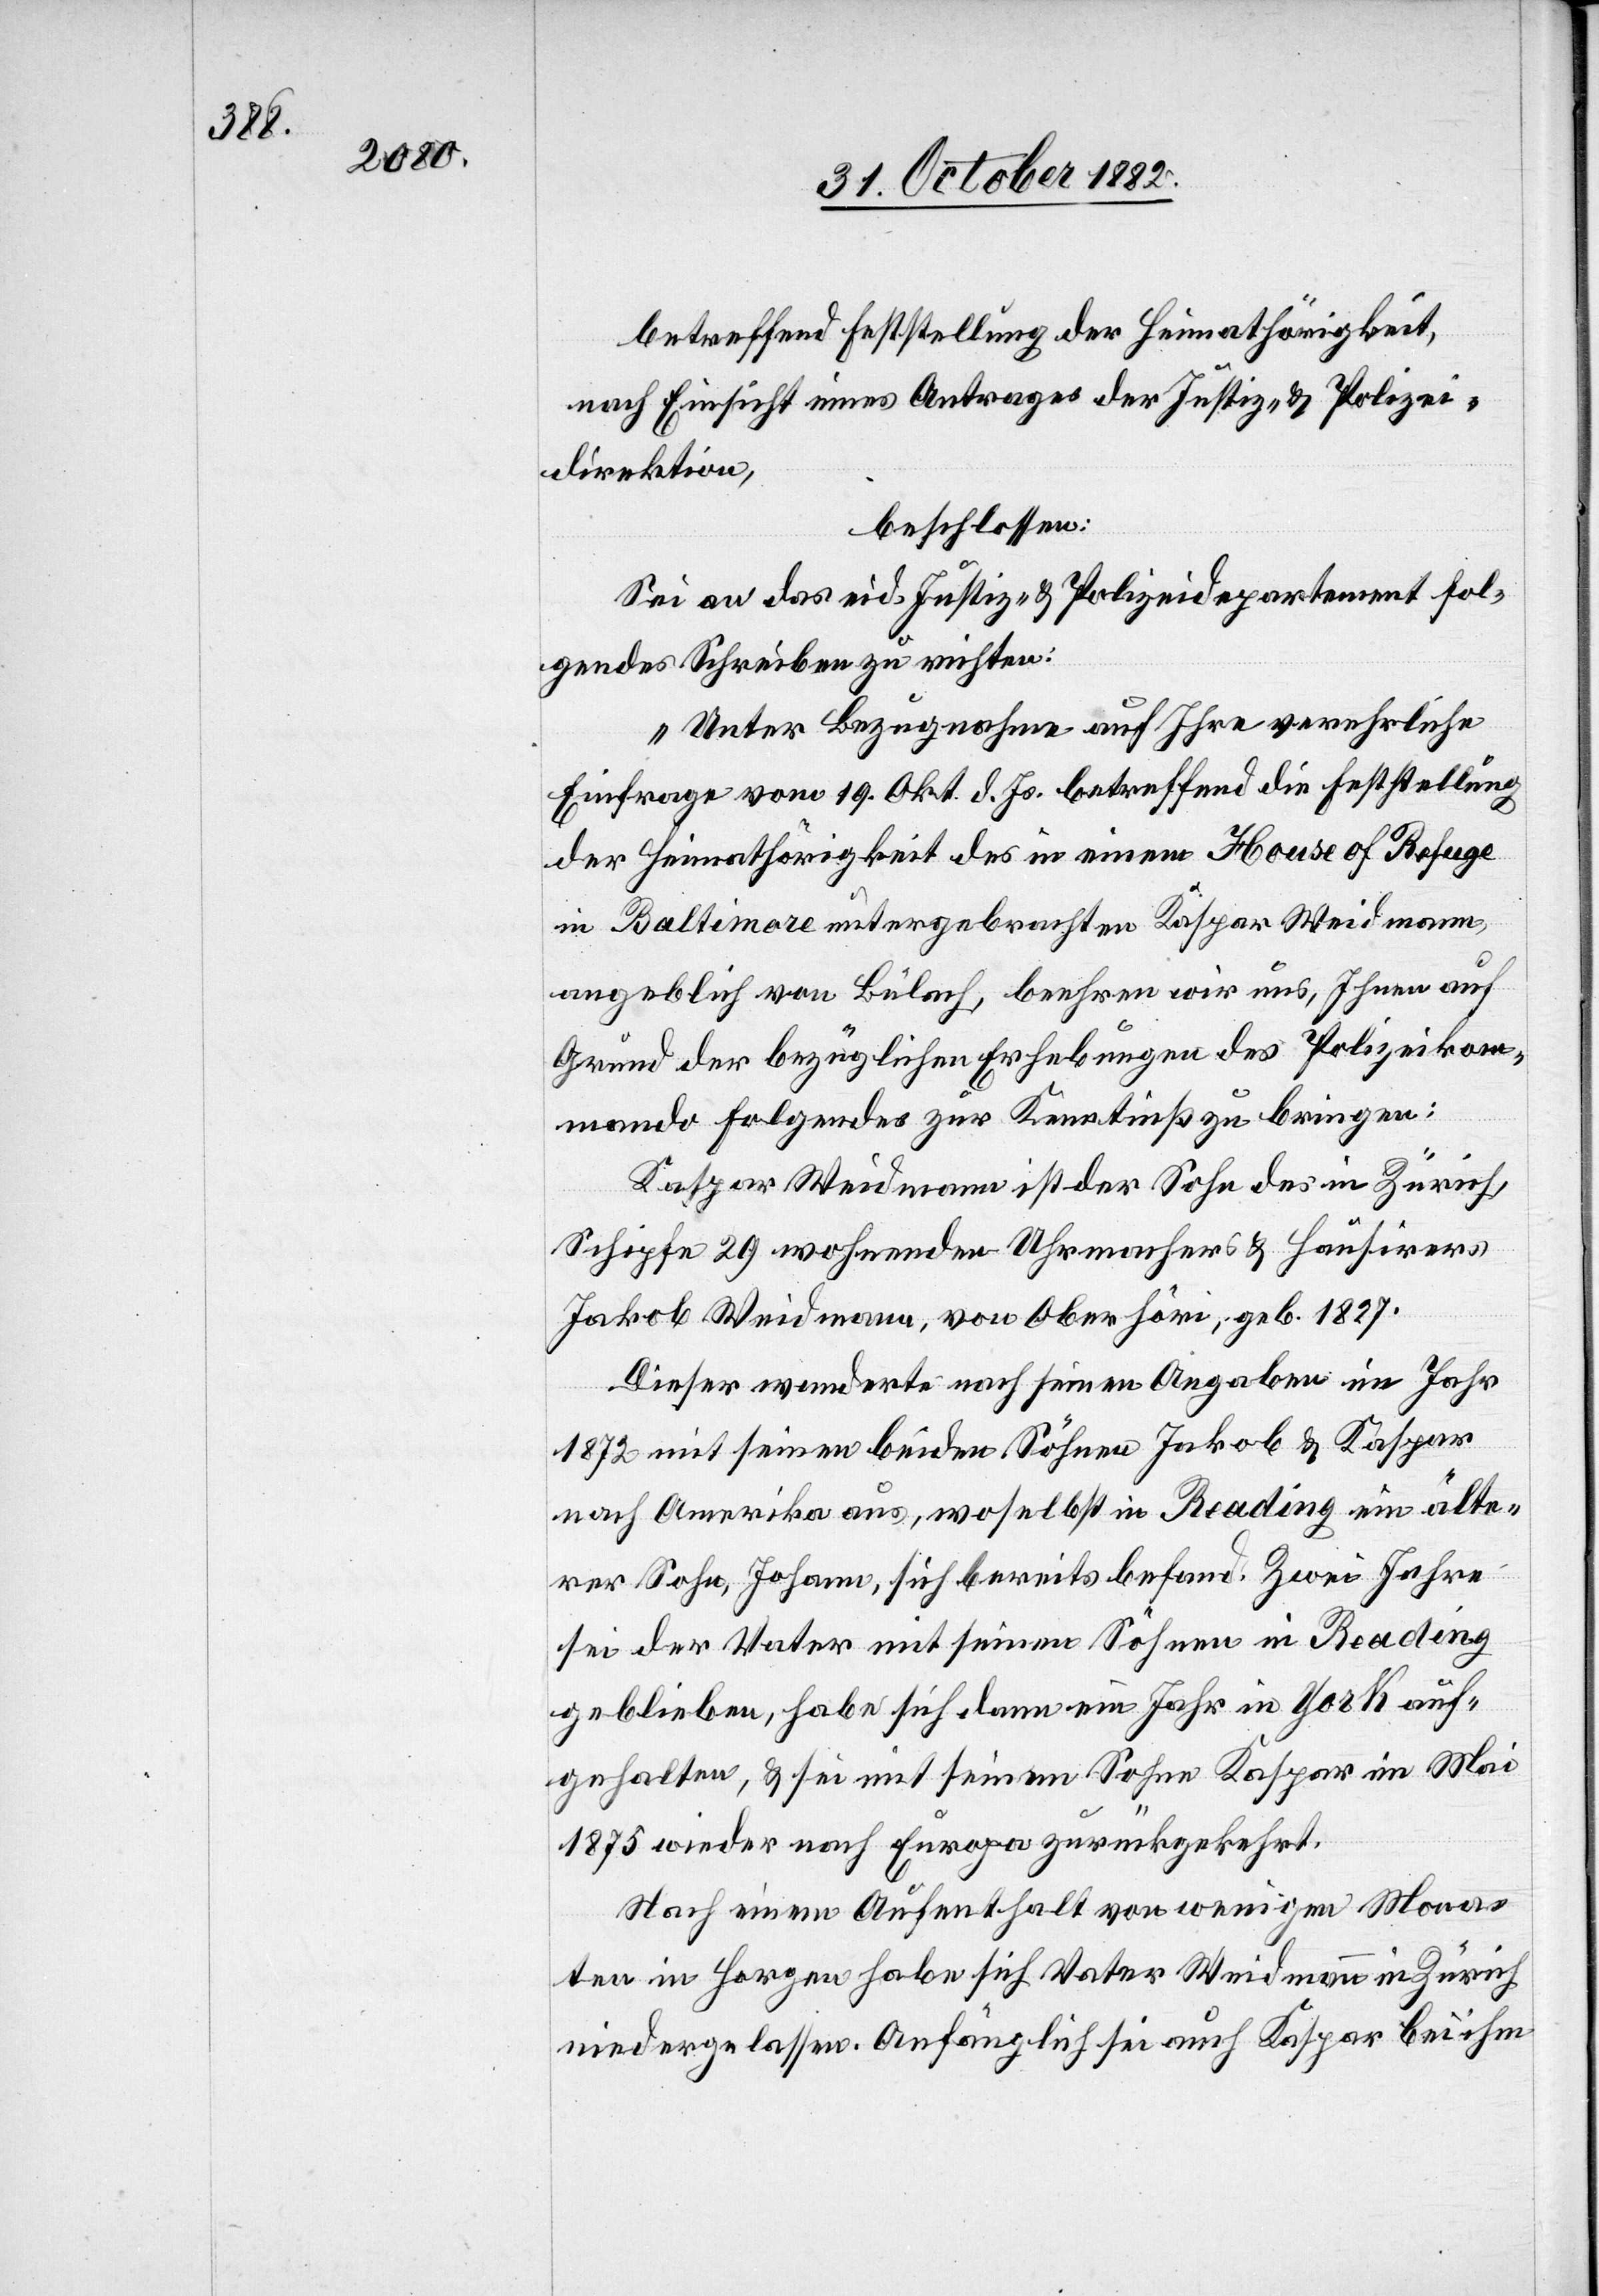
betreffend Feststellung der Heimathörigkeit,
nach Einsicht eines Antrages der Justiz- & Polizei¬
direktion,
beschlossen:
Sei an das eid. Justiz- & Polizeidepartement fol¬
gendes Schreiben zu richten:
„Unter Bezugnahme auf Ihre verehrliche
Einfrage vom 19. Okt. d. Js. betreffend die Feststellung
der Heimathörigkeit des in einem House of Refuge
in Baltimore untergebrachten Kaspar Weidmann,
angeblich von Bülach, beehren wir uns, Ihnen auf
Grund der bezüglichen Erhebungen des Polizeikom¬
mando Folgendes zur Kenntniß zu bringen:
Kaspar Weidmann ist der Sohn des in Zürich,
Schipfe 29 wohnenden Uhrmachers & Hausirers
Jakob Weidmann, von Oberhöri, geb. 1827.
Dieser wanderte nach seinen Angaben im Jahr
1872 mit seinen beiden Söhnen Jakob & Kaspar
nach Amerika aus, woselbst in Reading ein älte¬
rer Sohn, Johann, sich bereits befand. Zwei Jahre
sei der Vater mit seinen Söhnen in Reading
geblieben, habe sich dann ein Jahr in York auf¬
gehalten, & sei mit seinem Sohne Kaspar im Mai
1875 wieder nach Europa zurückgekehrt.
Nach einem Aufenthalt von wenigen Mona¬
ten in Horgen habe sich Vater Weidmann in Zürich
niedergelassen. Anfänglich sei auch Kaspar bei ihm